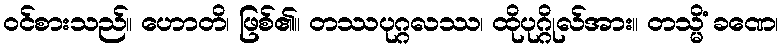
ဝင်စားသည်။ ဟောတိ၊ ဖြစ်၏။ တဿပုဂ္ဂလဿ၊ ထိုပုဂ္ဂိုလ်အား။ တသ္မိံ ခဏေ၊